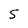
Character: 5